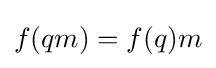
f(qm)=f(q)m